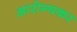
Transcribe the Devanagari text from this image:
आरोग्यकर